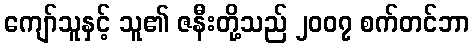
ကျော်သူနှင့် သူ၏ ဇနီးတို့သည် ၂၀၀၇ စက်တင်ဘာ